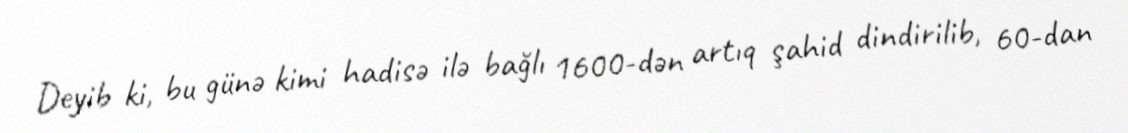
Deyib ki, bu günə kimi hadisə ilə bağlı 1600-dən artıq şahid dindirilib, 60-dan